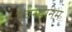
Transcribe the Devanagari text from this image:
देवस्‍थानम